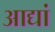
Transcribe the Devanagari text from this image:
आद्यां